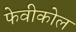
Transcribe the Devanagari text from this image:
फेवीकोल